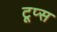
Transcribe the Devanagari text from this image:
टूप्स